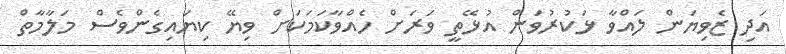
އަދި ޒެވިޔަން ލައްވާ ޅަކުރުވަން އުޅޭތީ ވަރަށް ހެއްވާކަމަކަށް ވިޔޭ ކިޔައިގެންވެސް މަލާމާތް